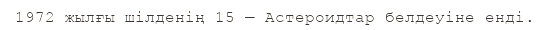
1972 жылғы шілденің 15 — Астероидтар белдеуіне енді.